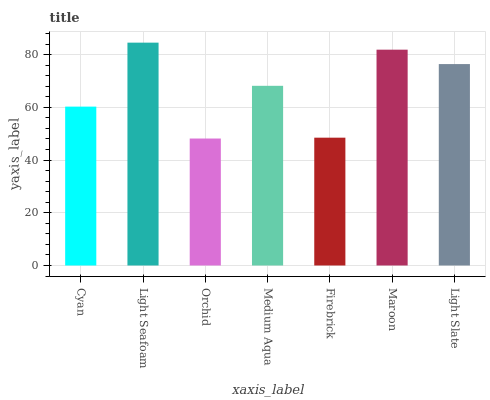
| xaxis_label | bars |
 | --- | --- |
 | Cyan | 60.3 |
 | Light Seafoam | 84.6 |
 | Orchid | 48.2 |
 | Medium Aqua | 68.2 |
 | Firebrick | 48.5 |
 | Maroon | 81.9 |
 | Light Slate | 76.4 |